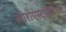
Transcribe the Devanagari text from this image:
ज़ोरोऐस्ट्रीनिस्म